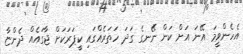
އެހެންވީމަ އޭނަ އަށް ކަން ނޭނގެ ގަދަ ހަތަރެއްގައި ކީޕަރަކަށް ޖާގައެއް ދެންޏާ